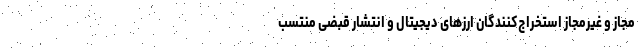
مجاز و غیرمجاز استخراج‌کنندگان ارزهای دیجیتال و انتشار قبضی منتسب